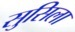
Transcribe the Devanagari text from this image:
सुसिला